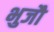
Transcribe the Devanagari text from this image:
भुजौ